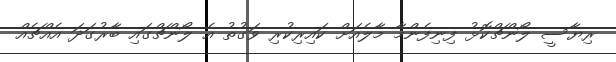
ރިޔާސީ ލޯންޗްކޮޅު ފިނިފެންމާ މާލެއަށް ކައިރިކުރި ވަގުތު އެ ލޯންޗްގައި ބާރުގަދަ އެއްޗެއް